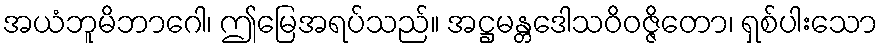
အယံဘူမိဘာဂေါ၊ ဤမြေအရပ်သည်။ အဋ္ဌမန္တဒေါသဝိဝဇ္ဇိတော၊ ရှစ်ပါးသော